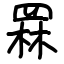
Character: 罧